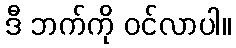
ဒီ ဘက်ကို ဝင်လာပါ။